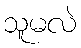
သူမလဲ